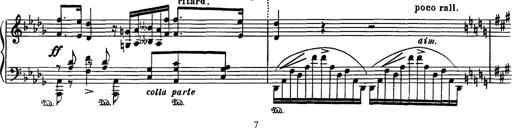
Title: Fantaisie sur des motifs favoris de l'opÃ©ra 'La sonnambula'
Composer: Franz Liszt